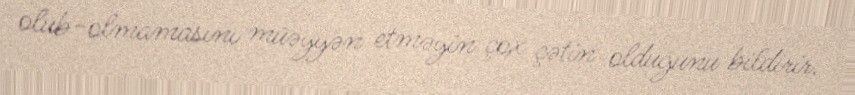
olub-olmamasını müəyyən etməyin çox çətin olduğunu bildirir.